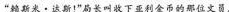
“赖斯米·达斯！”局长叫收下亚利金币的那位文员。